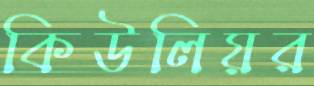
কিউলিয়র